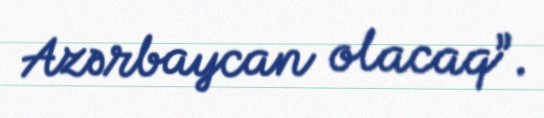
Azərbaycan olacaq”.